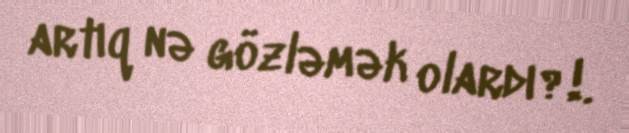
artıq nə gözləmək olardı?!.